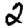
Digit: 2